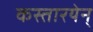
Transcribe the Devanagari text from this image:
कस्तारयेन्